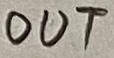
Text: OUT